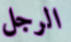
الرجل